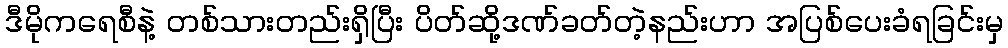
ဒီမိုကရေစီနဲ့ တစ်သားတည်းရှိပြီး ပိတ်ဆို့ဒဏ်ခတ်တဲ့နည်းဟာ အပြစ်ပေးခံရခြင်းမှ